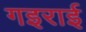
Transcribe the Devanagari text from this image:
गइराई